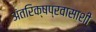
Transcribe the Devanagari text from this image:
अंतरिक्षप्रवासाशी